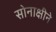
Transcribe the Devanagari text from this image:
सोनाक्षीने